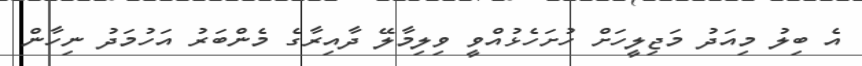
އެ ބިލު މިއަދު މަޖިލީހަށް ހުށަހެޅުއްވީ ވިލިމާލޭ ދާއިރާގެ މެންބަރު އަހުމަދު ނިހާން